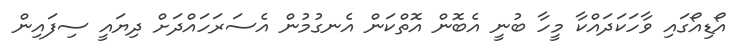
އޯޑިއޯގައި ވާހަކަދައްކާ މީހާ ބުނީ އެބޮން އޮތްކަން އެނގުމުން އެސަރަހައްދަށް ދިޔައީ ސިފައިން